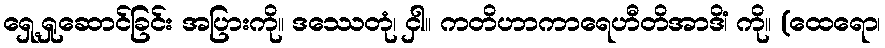
ရှေ့ရှုဆောင်ခြင်း အပြားကို။ ဒဿေတုံ၊ ငှါ။ ကတိဟာကာရေဟီတိအာဒိံ၊ ကို။ (ထေရော၊